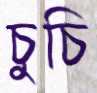
চুচি